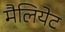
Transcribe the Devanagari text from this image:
मैलियेट